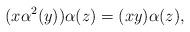
LaTeX: \begin{align*}(x\alpha^{2}(y))\alpha(z)=(xy)\alpha(z),\end{align*}